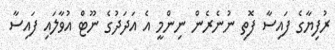
ރުފިޔާގެ ފައިސާ ފޮތި ނުނެރެން ނިންމީ އެ އަދަދުގެ ނޫޓް އުވާލައި ފައިސާ